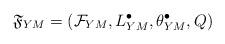
LaTeX: \begin{align*}\mathfrak{F}_{YM}=\left(\mathcal{F}_{YM}, L^\bullet_{YM}, \theta_{YM}^\bullet, Q\right)\end{align*}